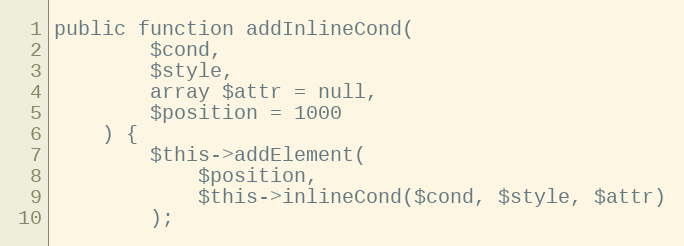
Language: PHP
public function addInlineCond(
        $cond,
        $style,
        array $attr = null,
        $position = 1000
    ) {
        $this->addElement(
            $position,
            $this->inlineCond($cond, $style, $attr)
        );